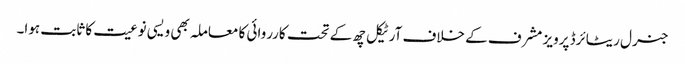
جنرل ریٹائرڈ پرویز مشرف کے خلاف آرٹیکل چھ کے تحت کارروائی کا معاملہ بھی ویسی نوعیت کا ثابت ہوا۔